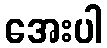
အေးပါ